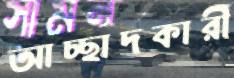
আচ্ছাদকারী